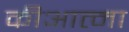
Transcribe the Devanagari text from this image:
कीआत्मा